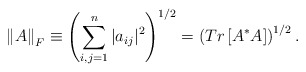
\begin{align*}\left\| A \right\|_F \equiv \left( \sum_{i,j=1}^n \vert a_{ij}\vert ^2\right)^{1/2} =\left(Tr\left[A^*A\right]\right)^{1/2}.\end{align*}